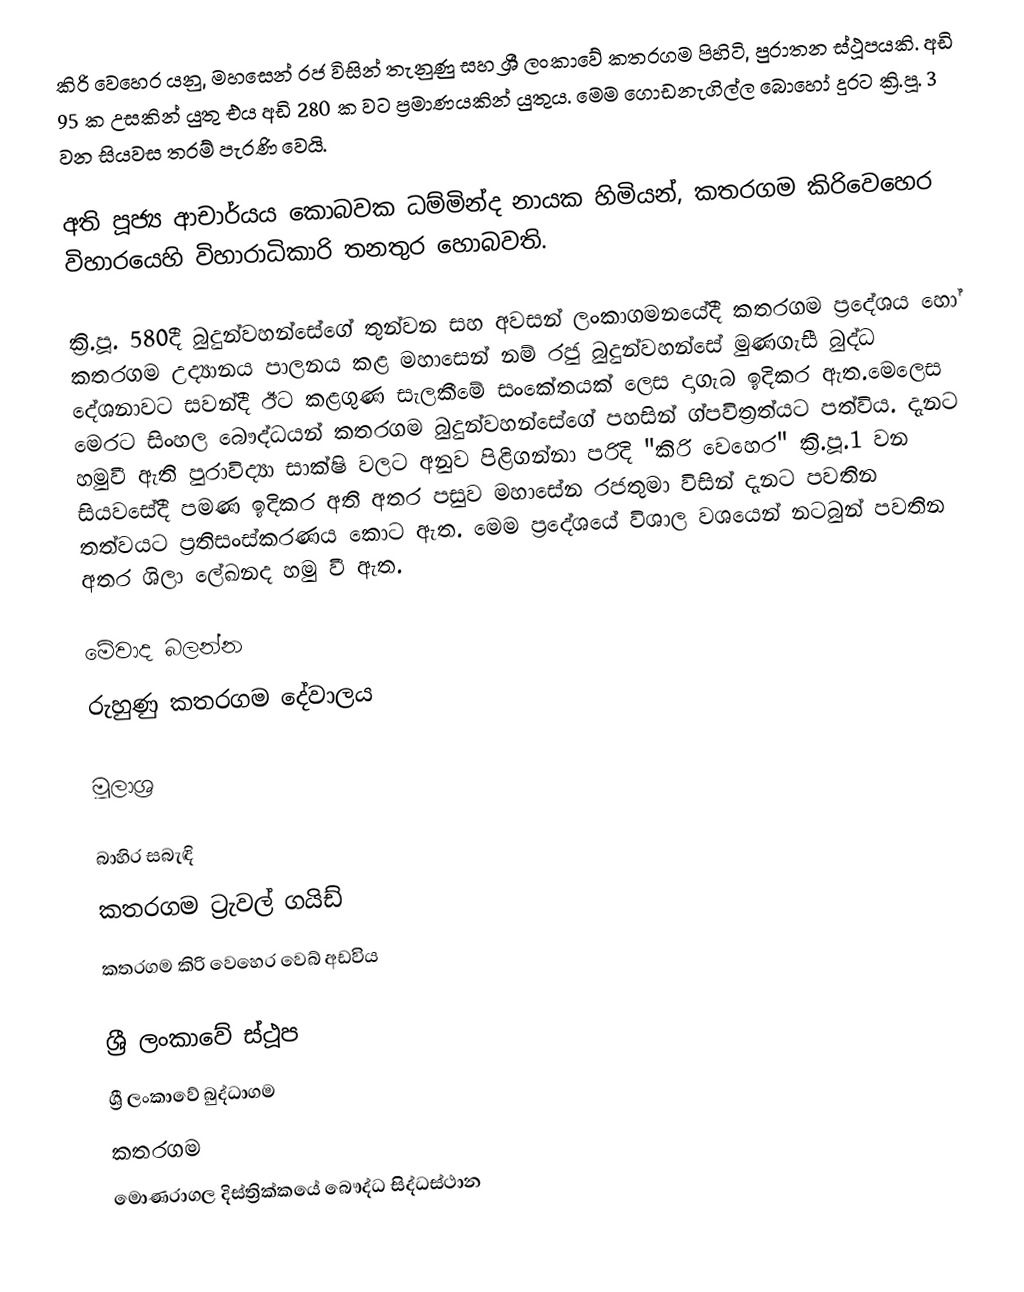
කිරි වෙහෙර යනු, මහසෙන් රජ විසින් තැනුණු  සහ ශ්‍රී ලංකාවේ කතරගම පිහිටි, පුරාතන ස්ථූපයකි. අඩි 95 ක උසකින් යුතු  එය අඩි 280 ක වට ප්‍රමාණයකින් යුතුය. මෙම ගොඩනැගිල්ල  බොහෝ දුරට ක්‍රි.පූ. 3 වන සියවස තරම් පැරණි වෙයි.

අති පූජ්‍ය ආචාර්යය  කොබවක ධම්මින්ද නායක හිමියන්, කතරගම කිරිවෙ‍හෙර විහාරයෙහි විහාරාධිකාරි තනතුර හොබවති.

 ක්‍රි.පූ. 580දී බුදුන්වහන්සේගේ තුන්වන සහ අවසන් ලංකාගමනයේදී කතරගම ප්‍රදේශය හෝ කතරගම උද්‍යානය  පාලනය කළ මහාසෙන් නම් රජු බුදුන්වහන්සේ මුණගැසී බුද්ධ දේශනාවට සවන්දී ඊට කළගුණ සැලකීමේ සංකේතයක් ලෙස දාගැබ ඉදිකර ඇත.මෙලෙස මෙරට සිංහල බෞද්ධයන් කතරගම බුදුන්වහන්සේගේ පහසින් ග්පවිත්‍රත්යට පත්විය. දැනට හමුවී ඇති පුරාවිද්‍යා සාක්ෂි වලට අනුව පිළිගන්නා පරිදි "කිරි වෙහෙර" ක්‍රි.පූ.1 වන සියවසේදී පමණ ඉදිකර අති අතර පසුව මහාසේන රජතුමා විසින් දැනට පවතින තත්වයට ප්‍රතිසංස්කරණය කොට ඇත. මෙම ප්‍රදේශයේ විශාල වශයෙන් නටබුන් පවතින අතර ශිලා ලේඛනද හමු වී ඇත.

මේවාද බලන්න
 රුහුණු කතරගම දේවාලය

මූලාශ්‍ර

බාහිර සබැඳි
කතරගම ට්‍රැවල් ගයිඩ්
කතරගම කිරි වෙහෙර වෙබ් අඩවිය

ශ්‍රී ලංකාවේ ස්ථූප
ශ්‍රී ලංකාවේ බුද්ධාගම
කතරගම
මොණරාගල දිස්ත්‍රික්කයේ බෞද්ධ සිද්ධස්ථාන‎